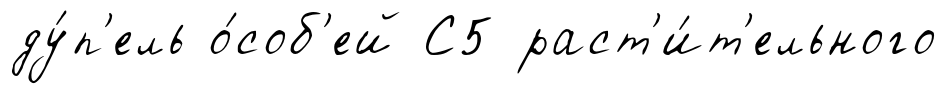
ду́п'ель о́соб'ей С5 раст'и́т'ельного